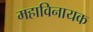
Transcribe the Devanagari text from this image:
महाविनायक